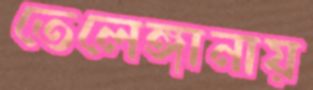
তেলেঙ্গানায়